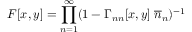
F [ x , y ] = \prod _ { n = 1 } ^ { \infty } ( 1 - \Gamma _ { n n } [ x , y ] \; \overline { { { n } } } _ { n } ) ^ { - 1 }